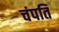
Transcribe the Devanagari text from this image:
चंपति